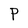
Character: P